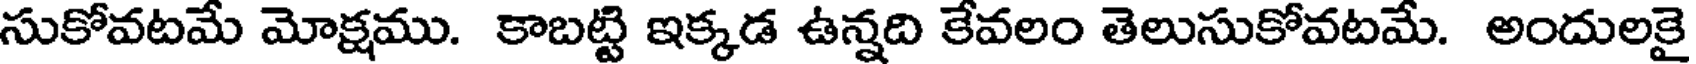
సుకోవటమే మోక్షము. కాబట్టి ఇక్కడ ఉన్నది కేవలం తెలుసుకోవటమే. అందులకై